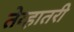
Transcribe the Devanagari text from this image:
तेव्हातरी